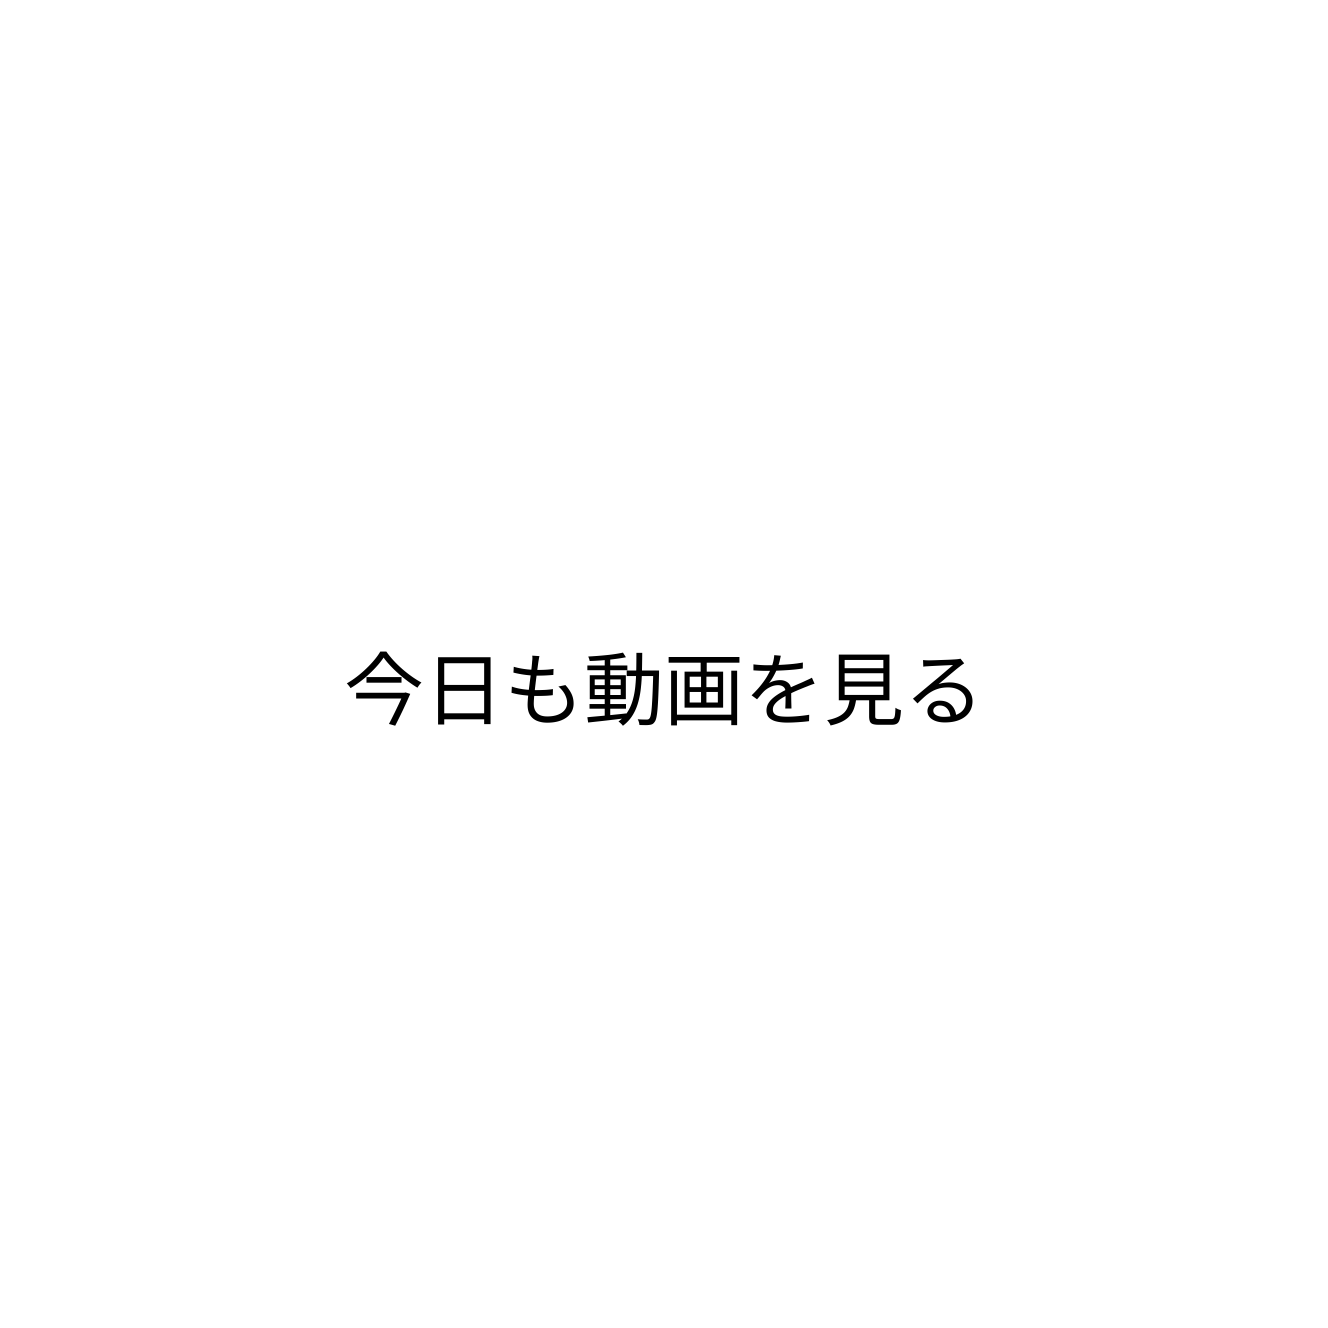
今日も動画を見る